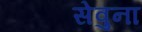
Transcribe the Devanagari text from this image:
सेवुना